Kambja_algkool, lk 124
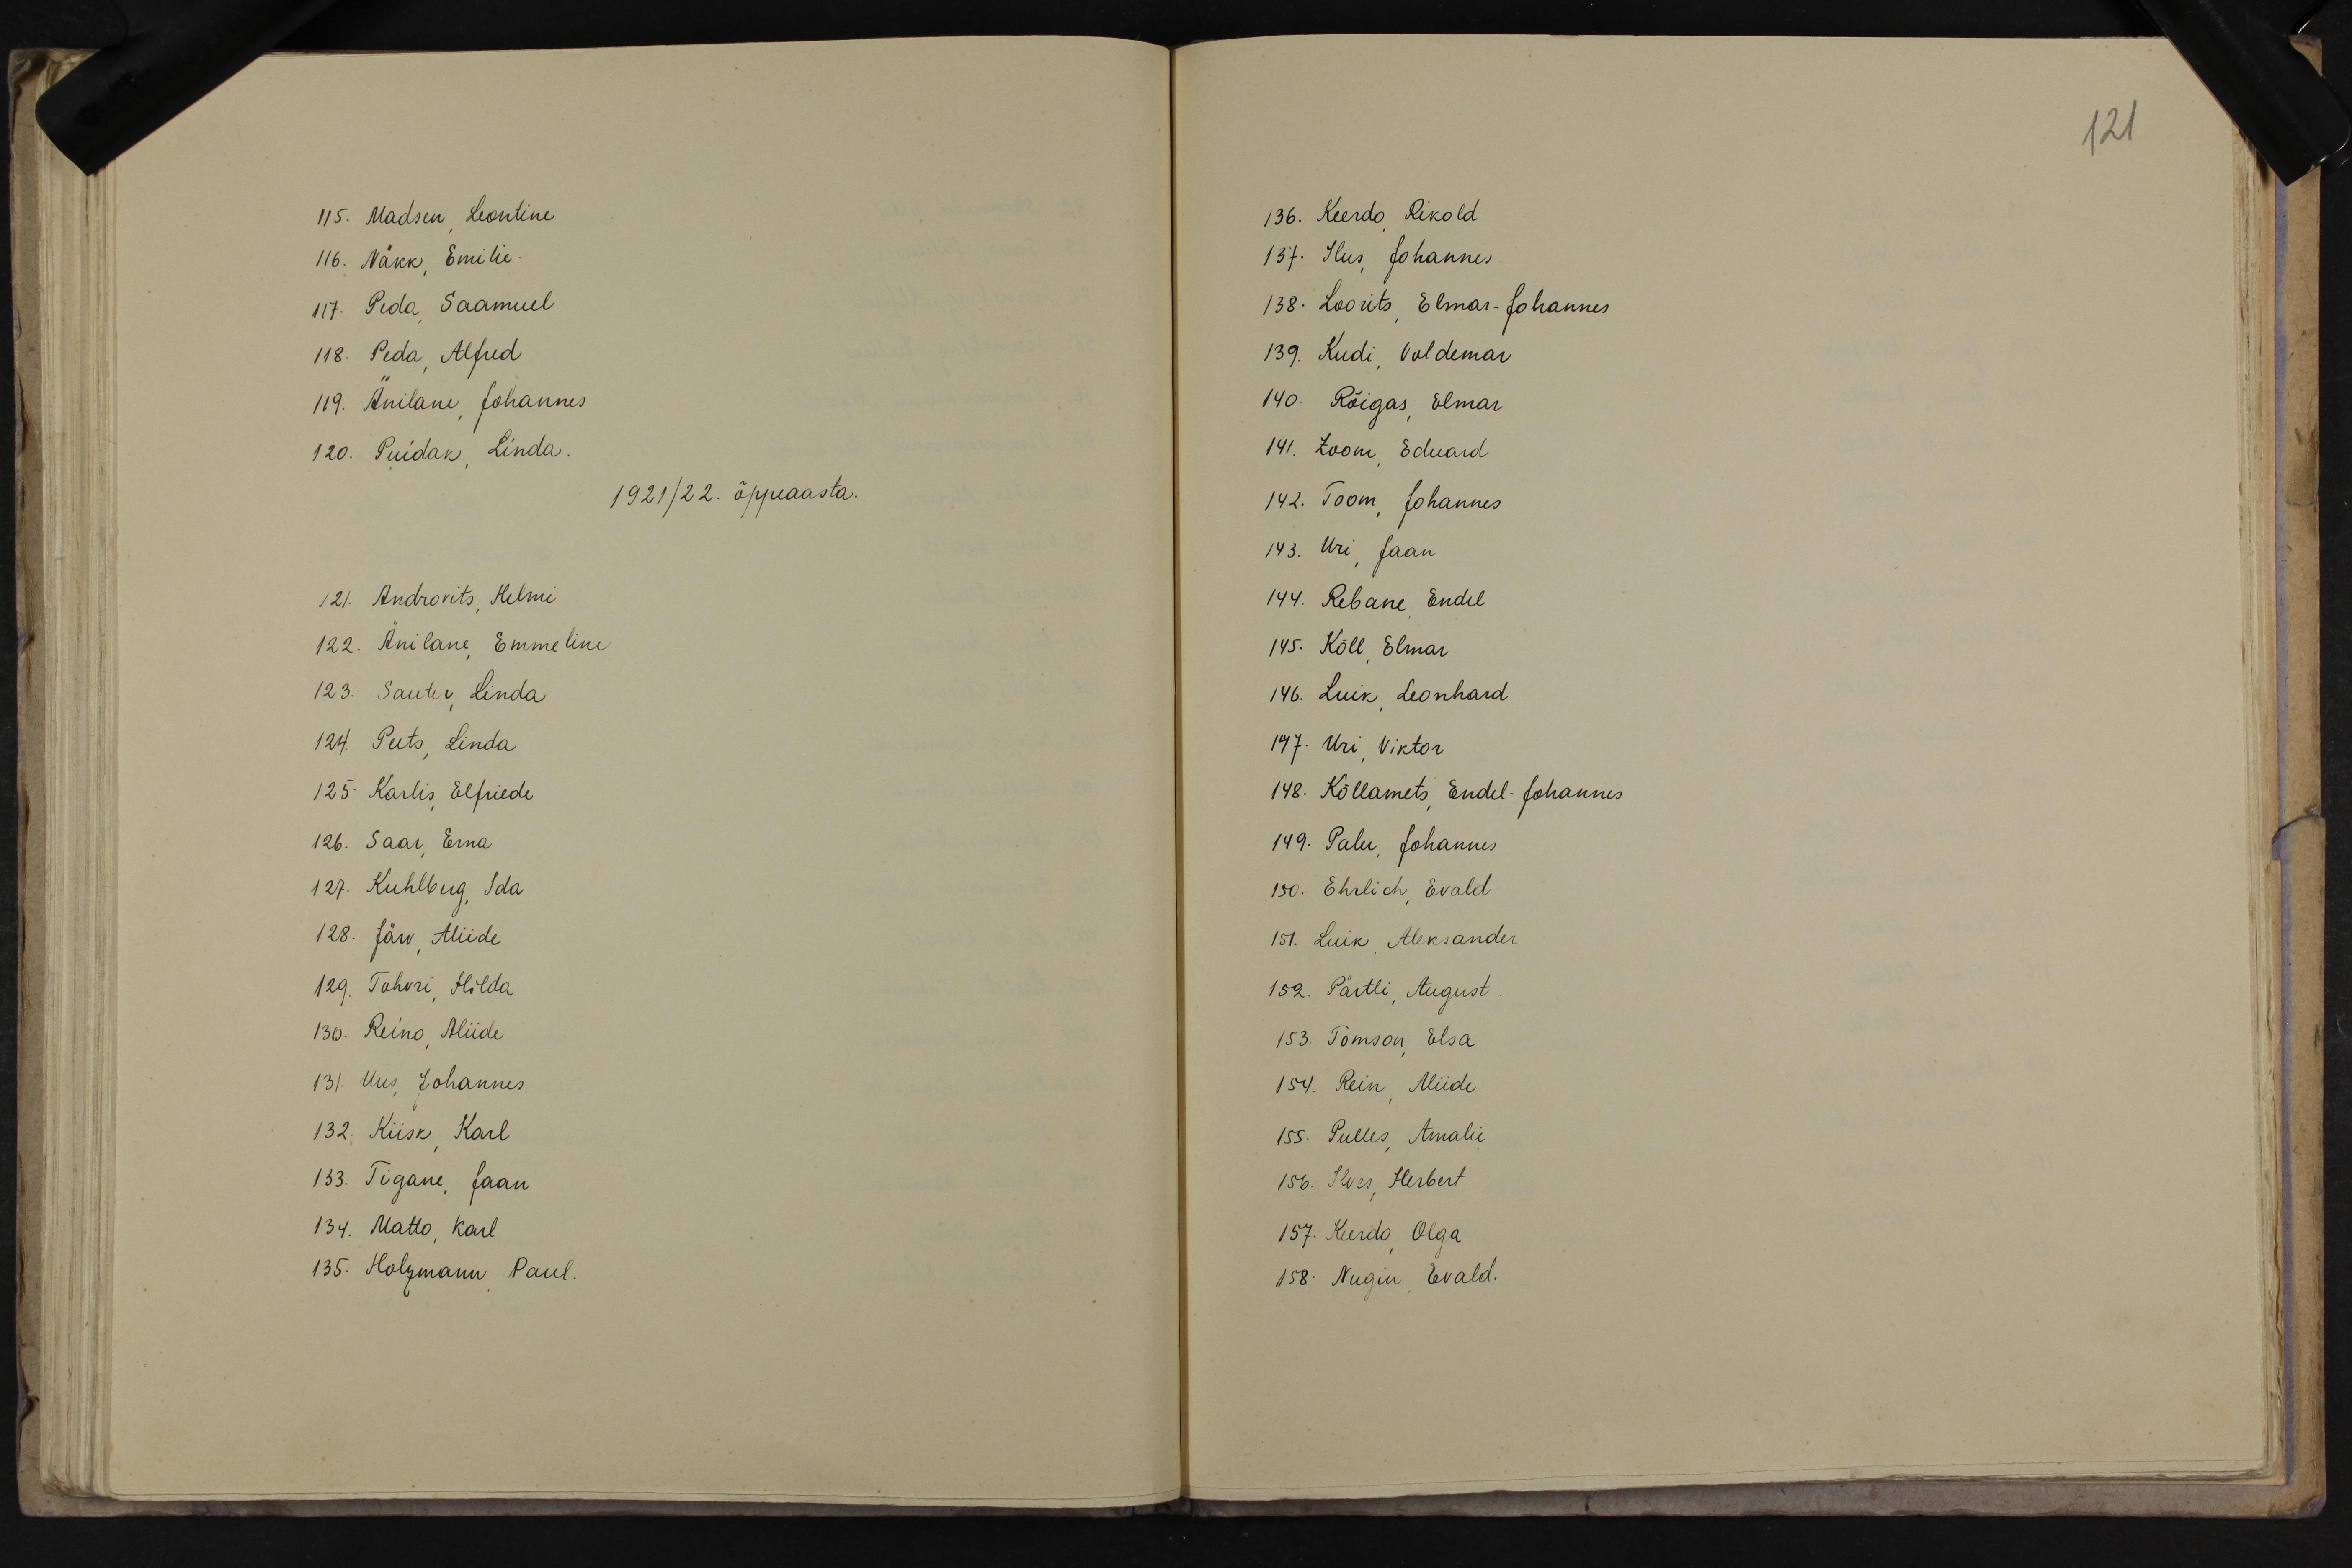
121

115. Madsen Leontine
116. Näkk, Emilie.
117. Peda, Saamuel
118. Peda, Alfred
119. Änilane, Johannes
120. Puidak, Linda.
1921/22. õppeaasta.
121. Androvits, Helmi
122. Änilane, Emmeline
123. Sauter, Linda
124. Peets, Linda
125 Karlis, Elfriede
126. Saar, Erna
127. Kuhlberg, Ida
128. Järv, Aliide
129 Tohvri, Hilda
130. Reino, Aliide
131. Uus, Johannes
132. Kiisk, Karl
133. Tigane, Jaan
134. Matto, Karl
135. Holzmann, Paul.

136. Keerdo Rikold
137. Ilus, Johannes
138. Loorits, Elmar-Johannes
139. Kudi, Voldemar
140. Rõigas, Elmar
141. Zoom, Eduard
142. Toom, Johannes
143. Uri, Jaan
144. Rebane, Endel
145. Kõll, Elmar
146. Luik, Leonhard
147. Uri, Viktor
748. Kõllamets, Endel-Johannes
149. Palu, Johannes
150. Ehrlich, Evald
151. Luik, Aleksander
152. Pärtli, August
153. Tomson, Elsa
154. Rein, Aliide
155. Pulles, Amalie
166. Ilves, Herbert
157. Keerdo, Olga
158. Nugin, Evald.